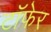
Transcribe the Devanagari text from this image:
टाॅफेर